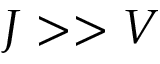
J > > V